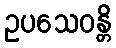
ဥပသေဝန္တိ